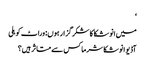
‘
میں انوشکا کا شکر گزار ہوں: وراٹ کوہلی
آڈیو انوشکا شرما کس سے متاثر ہیں؟